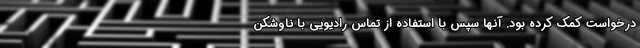
درخواست کمک کرده بود. آنها سپس با استفاده از تماس رادیویی با ناوشکن